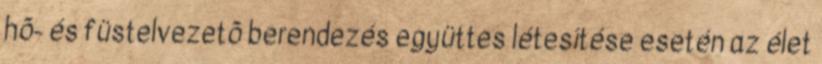
hõ- és füstelvezetõ berendezés együttes létesítése esetén az élet